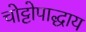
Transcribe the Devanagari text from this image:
चोट्टोपाद्धाय